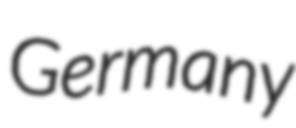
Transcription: Germany